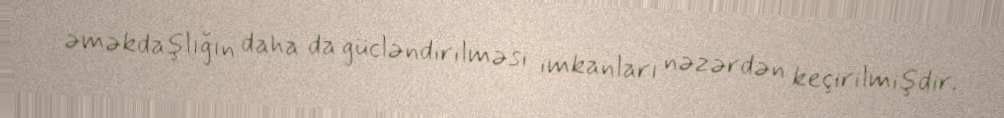
əməkdaşlığın daha da gücləndirilməsi imkanları nəzərdən keçirilmişdir.